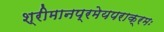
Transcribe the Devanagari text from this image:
श्रीमानप्रमेयपराक्रमः